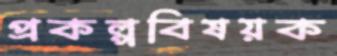
প্রকল্পবিষয়ক